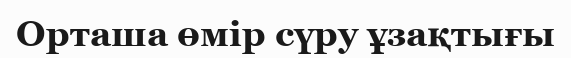
Орташа өмір сүру ұзақтығы